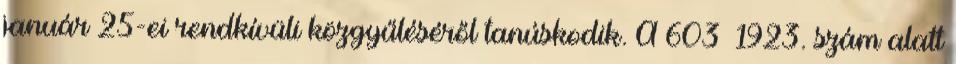
január 25-ei rendkívüli közgyűléséről tanúskodik. A 603 1923. szám alatt